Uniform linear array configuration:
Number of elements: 4
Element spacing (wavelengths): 0.25
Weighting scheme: hamming
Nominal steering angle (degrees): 0
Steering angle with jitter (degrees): -0.1569
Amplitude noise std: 0.05
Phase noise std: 0.05

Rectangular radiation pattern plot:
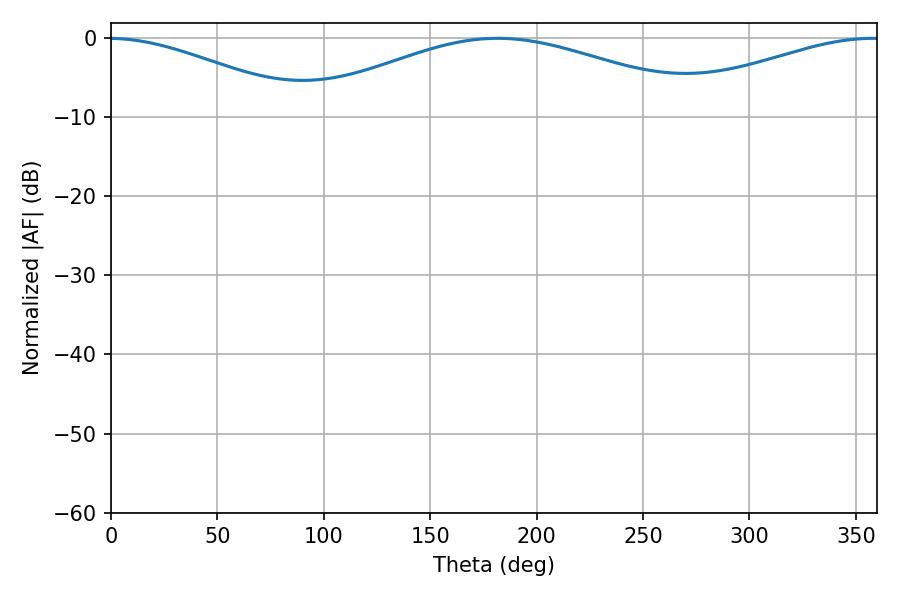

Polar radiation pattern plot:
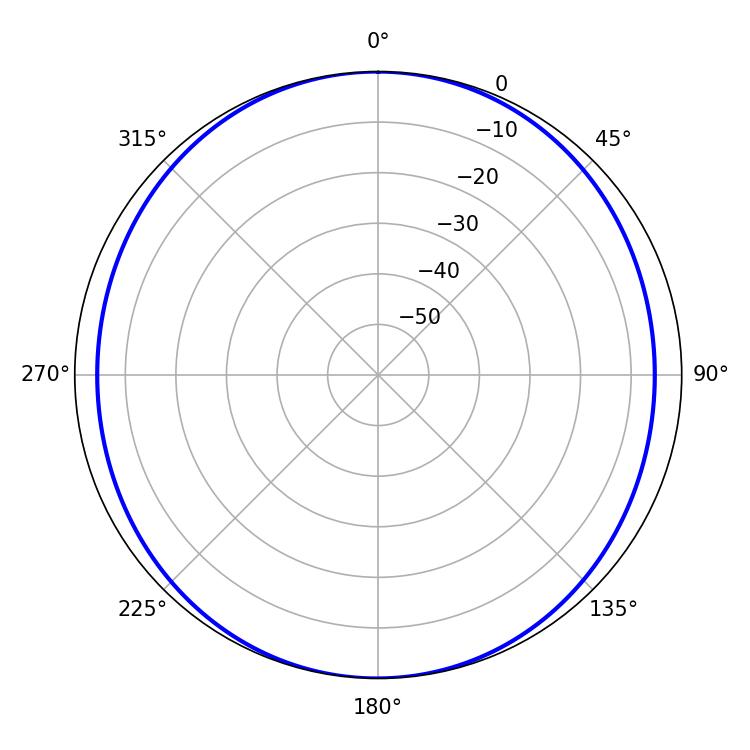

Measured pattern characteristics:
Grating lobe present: FALSE
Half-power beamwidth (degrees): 104.76
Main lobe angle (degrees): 181.62